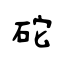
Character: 砣